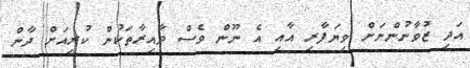
އަދި ޒުވާނުންނަށް ވިޔަފާރި އާއި އެ ނޫން ވެސް ދާއިރާތަކުން ކުރިއަށް ދާން